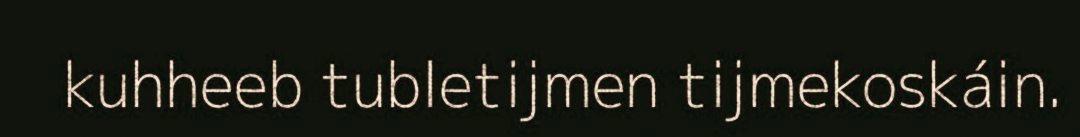
kuhheeb tubletijmen tijmekoskáin.